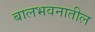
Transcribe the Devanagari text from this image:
बालभवनातील